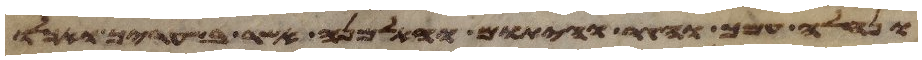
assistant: ונחלה עמך והגר והיתום והאלמנה אשר בשעריך ואכלו